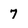
Character: 7